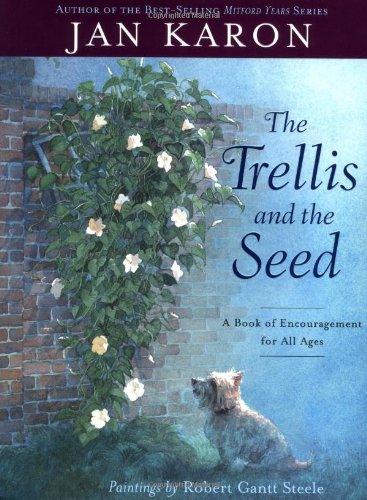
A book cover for The Trellis and the Seed: A Book of Encouragement for All Ages; Jan Karon; Children's Books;